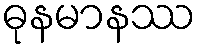
ဓုနမာနဿ